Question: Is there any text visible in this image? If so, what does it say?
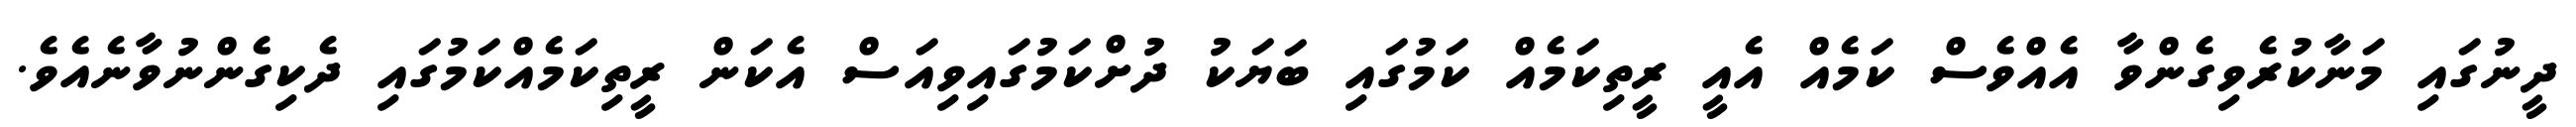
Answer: ދީނުގައި މަނާކުރެވިގެންވާ އެއްވެސް ކަމެއް އެއީ ރީތިކަމެއް ކަމުގައި ބަޔަކު ދުށްކަމުގައިވިއަސް އެކަން ރީތިކަމެއްކަމުގައި ދެކިގެންނުވާނެއެވެ.